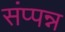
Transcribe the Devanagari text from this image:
संप्पन्न